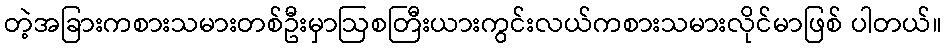
တဲ့အခြားကစားသမားတစ်ဦးမှာဩစတြီးယားကွင်းလယ်ကစားသမားလိုင်မာဖြစ် ပါတယ်။